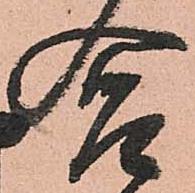
合